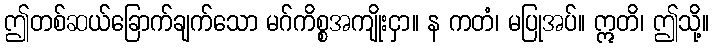
ဤတစ်ဆယ်ခြောက်ချက်သော မဂ်ကိစ္စအကျိုးငှာ။ န ကတံ၊ မပြုအပ်။ ဣတိ၊ ဤသို့။